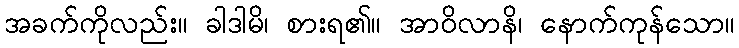
အခက်ကိုလည်း။ ခါဒါမိ၊ စားရ၏။ အာဝိလာနိ၊ နောက်ကုန်သော။